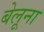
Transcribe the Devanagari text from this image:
बेलूना